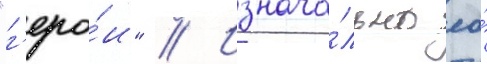
"г'еро́и" // Изнача́льно ео́